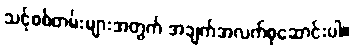
သင့်စစ်တမ်းများအတွက် အချက်အလက်စုဆောင်းပါ။